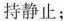
持静止；